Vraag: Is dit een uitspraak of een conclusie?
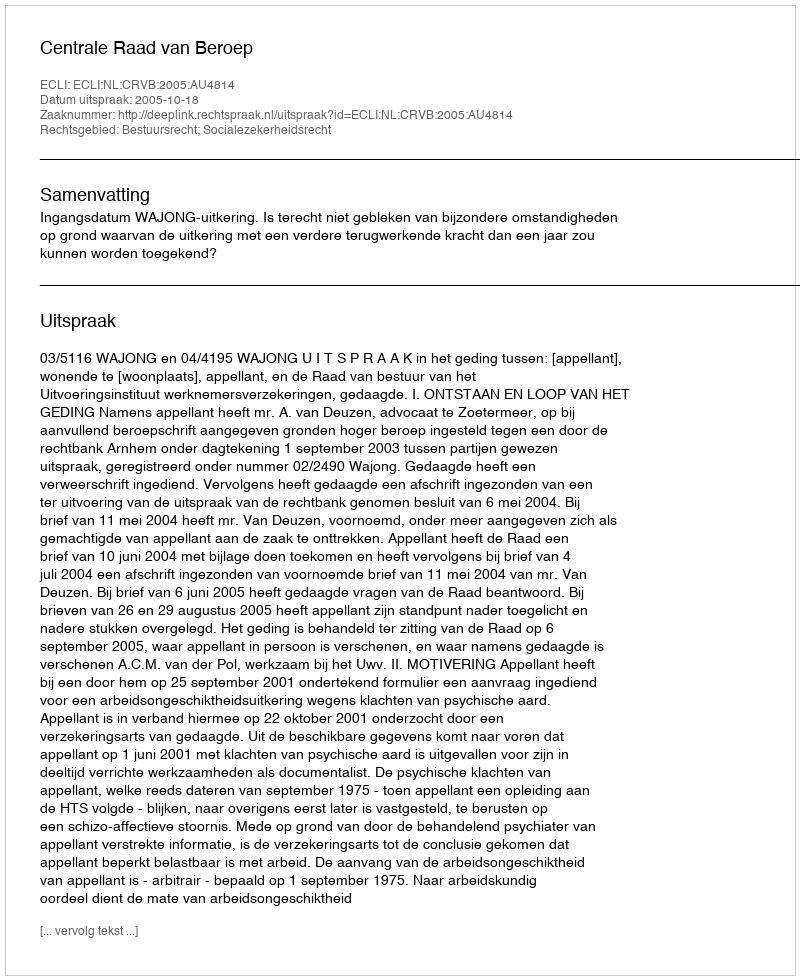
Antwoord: Uitspraak